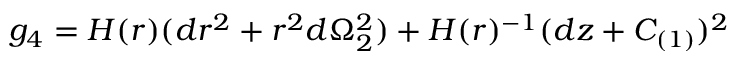
g _ { 4 } = H ( r ) ( d r ^ { 2 } + r ^ { 2 } d \Omega _ { 2 } ^ { 2 } ) + H ( r ) ^ { - 1 } ( d z + C _ { ( 1 ) } ) ^ { 2 }